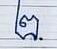
២.